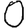
Digit: 0